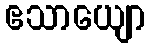
ဧသာယျော